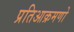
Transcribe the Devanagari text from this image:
प्रतिआक्रमणो